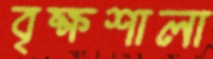
বৃক্ষশালা